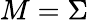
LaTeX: M=\Sigma